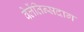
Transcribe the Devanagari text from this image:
वेलेंतिन्सदाग